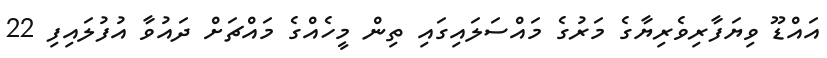
އައްޑޫ ވިޔަފާރިވެރިޔާގެ މަރުގެ މައްސަލައިގައި ތިން މީހެއްގެ މައްޗަށް ދައުވާ އުފުލައިފި 22